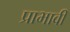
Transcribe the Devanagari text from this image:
प्राभावी